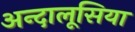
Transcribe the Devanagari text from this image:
अन्दालूसिया